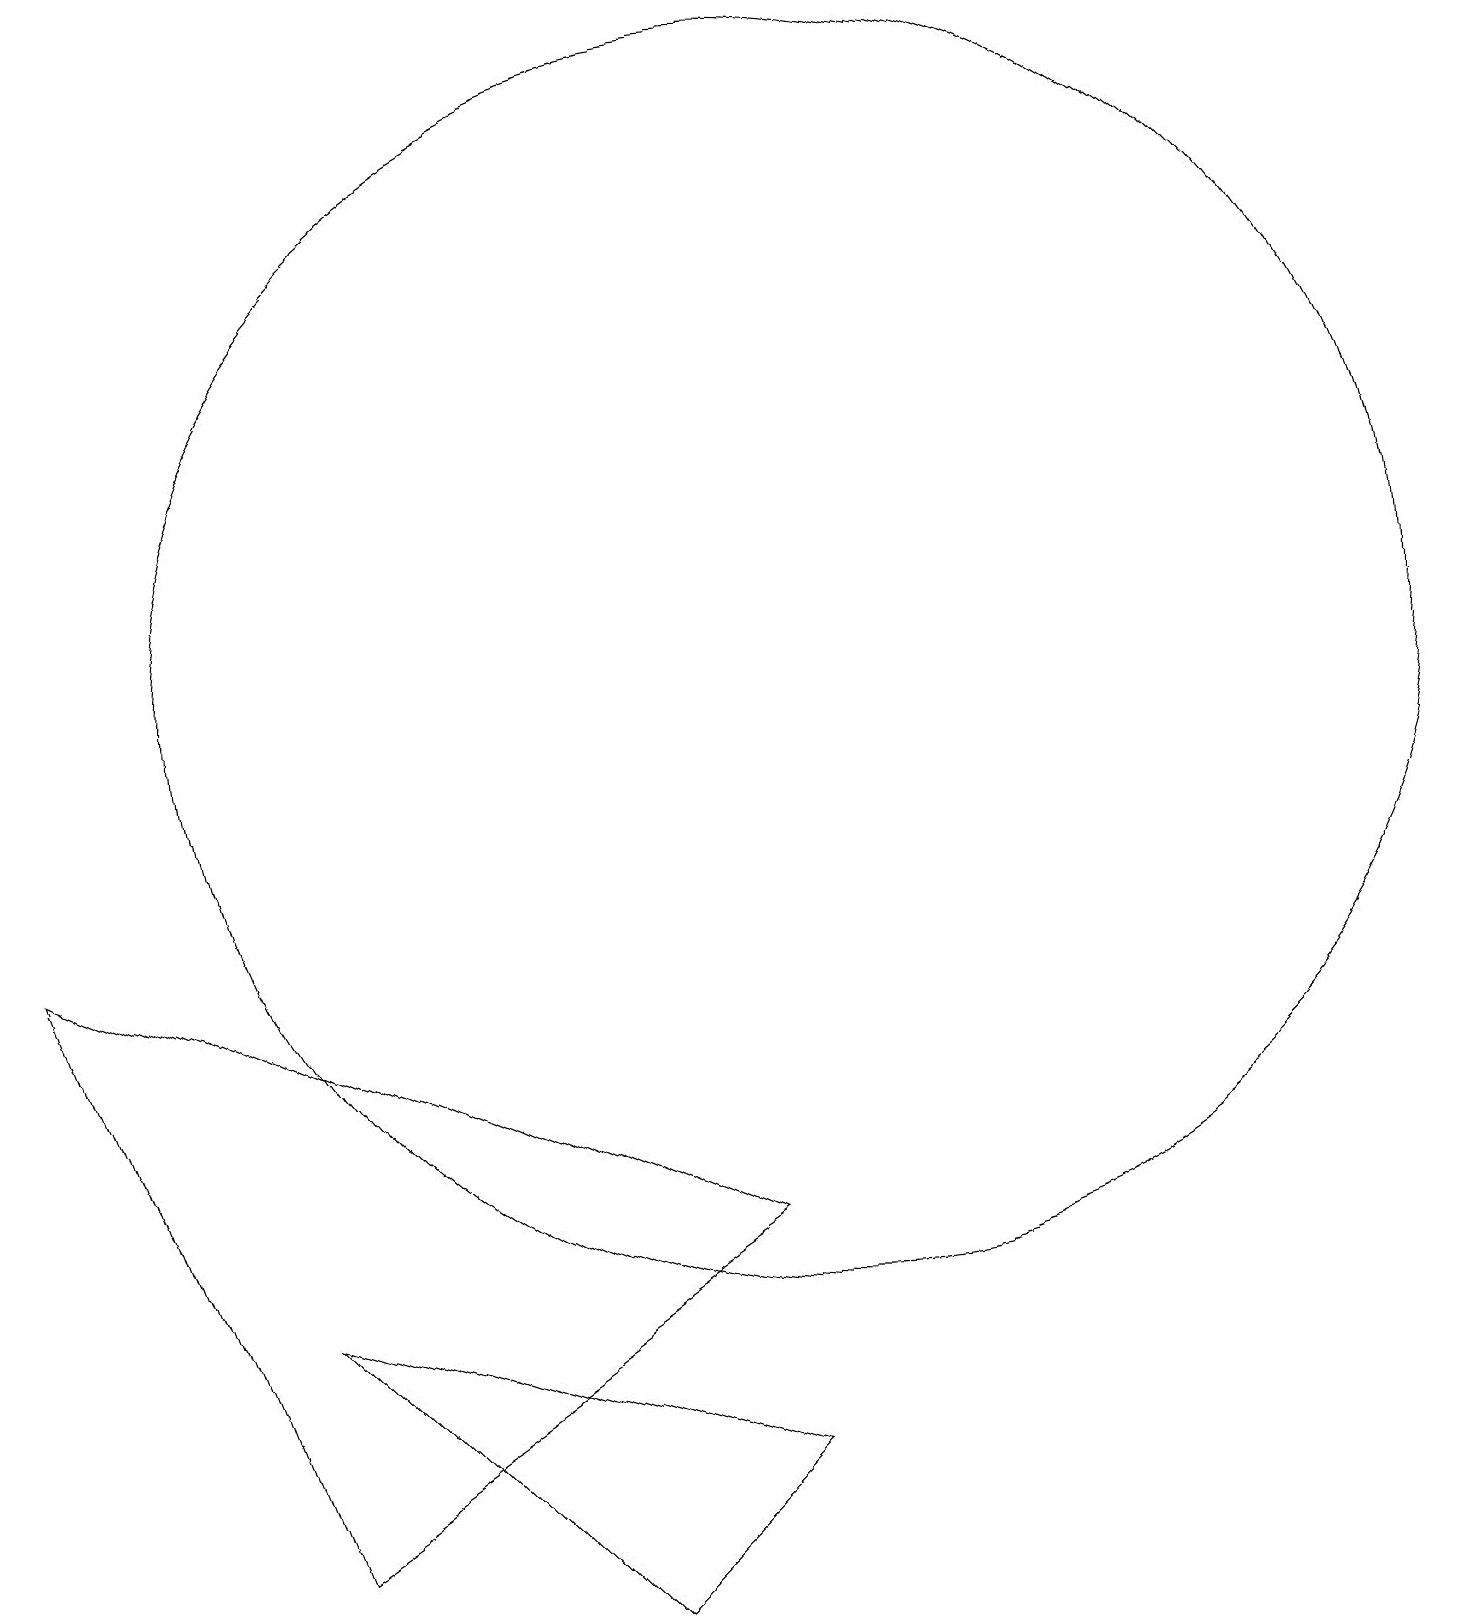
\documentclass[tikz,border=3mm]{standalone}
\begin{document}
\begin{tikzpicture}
\draw (7,0) -- (9,2) -- (3,4) -- cycle;
\draw (10,12) circle (8);
\draw (9,5) -- (0,9) -- (3,1) -- cycle;
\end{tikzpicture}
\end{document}